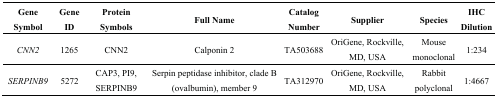
| Gene Symbol | Gene ID | Protein Symbols | Full Name | Catalog Number | Supplier | Species | IHC Dilution |
 | --- | --- | --- | --- | --- | --- | --- | --- |
 | CNN2 | 1265 | CNN2 | Calponin 2 | TA503688 | OriGene, Rockville, MD, USA | Mouse monoclonal | 1:234 |
 | SERPINB9 | 5272 | CAP3, PI9, SERPINB9 | Serpin peptidase inhibitor, clade B (ovalbumin), member 9 | TA312970 | OriGene, Rockville, MD, USA | Rabbit polyclonal | 1:4667 |